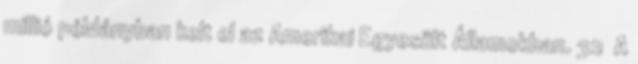
millió példányban kelt el az Amerikai Egyesült Államokban. 32 A